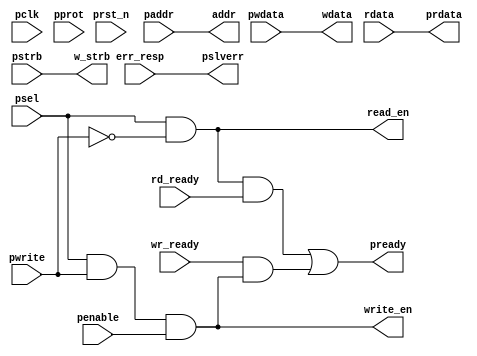
module apb_slave_if(
    //APB
    input                           pclk,                
    input                           prst_n,

    input       [31:0]              pwdata,
    input       [11:0]              paddr,
    input                           pwrite,
    output      [31:0]              prdata,

    input                           psel,
    input       [3:0]               pstrb,
    input       [2:0]               pprot,
    input                           penable,
    output                          pready,
    output                          pslverr,

    //reg
    input       [31:0]              rdata,
    output      [31:0]              wdata,
    output      [11:0]              addr,
    output                          write_en,
    output                          read_en,
    output      [3:0]               w_strb,

    input                           rd_ready,
    input                           wr_ready,
    input                           err_resp
);
    //reg
    assign wdata = pwdata;
    assign addr = paddr;
    assign w_strb = pstrb;
    
    //
    //
    assign read_en = (psel && !pwrite);
    //
    assign write_en = (psel && pwrite && penable); //access,setup


    //APB
    assign prdata = rdata;
    assign pslverr = err_resp; 
    assign pready = (read_en && rd_ready) || (wr_ready && write_en);


endmodule